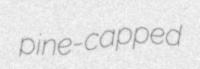
pine-capped